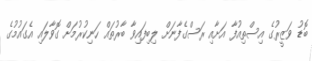
ބޮޑު ވަޒީރުގެ އިސްތިއުފާ އަށާއި ރަސްގެފާނަށް ލިބިފައިވާ ބާރުތައް ހަނިކުރުމަށް ގޮވާލައި އެގައުމުގެ